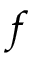
f